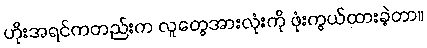
ဟိုးအရင်ကတည်းက လူတွေအားလုံးကို ဖုံးကွယ်ထားခဲ့တာ။